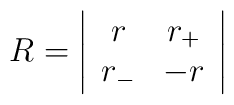
R=\left|\begin{array}{cc}r & r_{+} \\r_{-} & -r\end{array}\right|